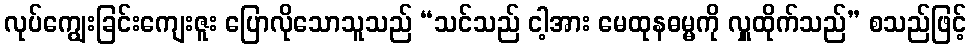
လုပ်ကျွေးခြင်းကျေးဇူး ပြောလိုသောသူသည် “သင်သည် ငါ့အား မေထုနဓမ္မကို လှူထိုက်သည်” စသည်ဖြင့်